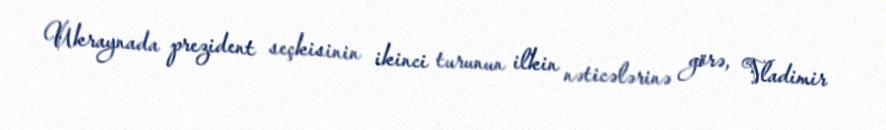
Ukraynada prezident seçkisinin ikinci turunun ilkin nəticələrinə görə, Vladimir